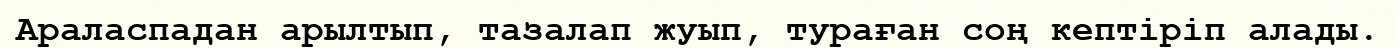
Араласпадан арылтып, тазалап жуып, тураған соң кептіріп алады.